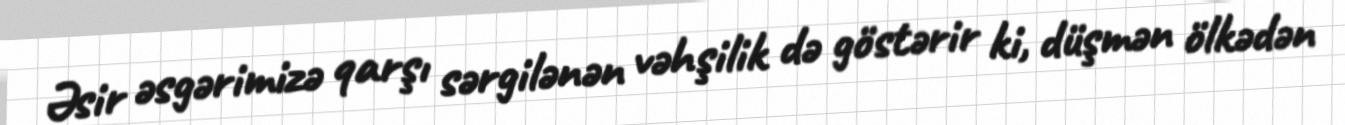
Əsir əsgərimizə qarşı sərgilənən vəhşilik də göstərir ki, düşmən ölkədən